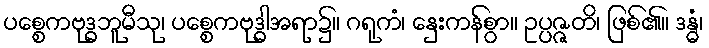
ပစ္စေကဗုဒ္ဓဘူမီသု၊ ပစ္စေကဗုဒ္ဓါအရာ၌။ ဂရုကံ၊ နှေးကန်စွာ။ ဥပ္ပဇ္ဇတိ၊ ဖြစ်၏။ ဒန္ဓံ၊